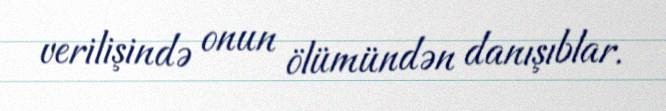
verilişində onun ölümündən danışıblar.